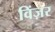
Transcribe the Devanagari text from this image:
विंज़र